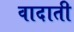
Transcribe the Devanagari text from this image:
वादाती